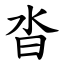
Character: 沓